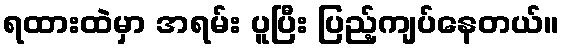
ရထားထဲမှာ အရမ်း ပူပြီး ပြည့်ကျပ်နေတယ်။